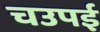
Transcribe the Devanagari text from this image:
चउपई